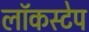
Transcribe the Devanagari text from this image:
लॉकस्टेप